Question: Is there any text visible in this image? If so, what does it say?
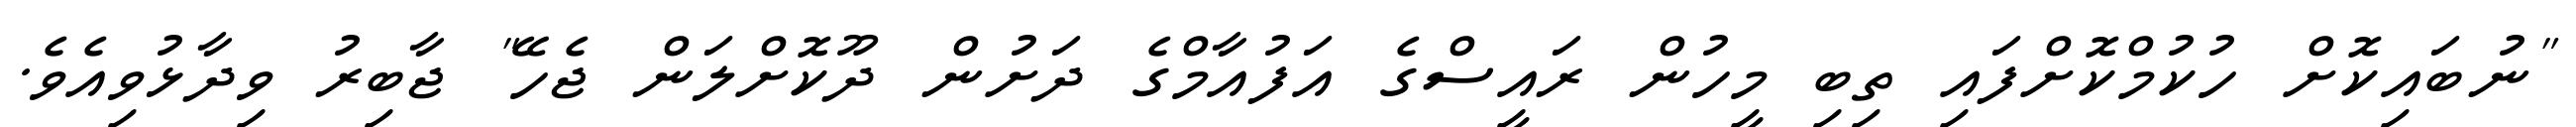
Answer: "ނުބައިކޮށް ހުކުމްކޮށްފައި ތިބި މީހުން ރައީސްގެ އަފުއާމްގެ ދަށުން ދޫކޮށްލަން ޖެހޭ" ޖާބިރު ވިދާޅުވިއެވެ.